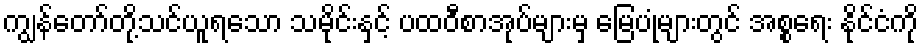
ကျွန်တော်တို့သင်ယူရသော သမိုင်းနှင့် ပထဝီစာအုပ်များမှ မြေပုံများတွင် အစ္စရေး နိုင်ငံကို